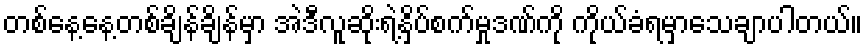
တစ်နေ့နေ့တစ်ချိန်ချိန်မှာ အဲဒီလူဆိုးရဲ့နှိပ်စက်မှုဒဏ်ကို ကိုယ်ခံရမှာသေချာပါတယ်။